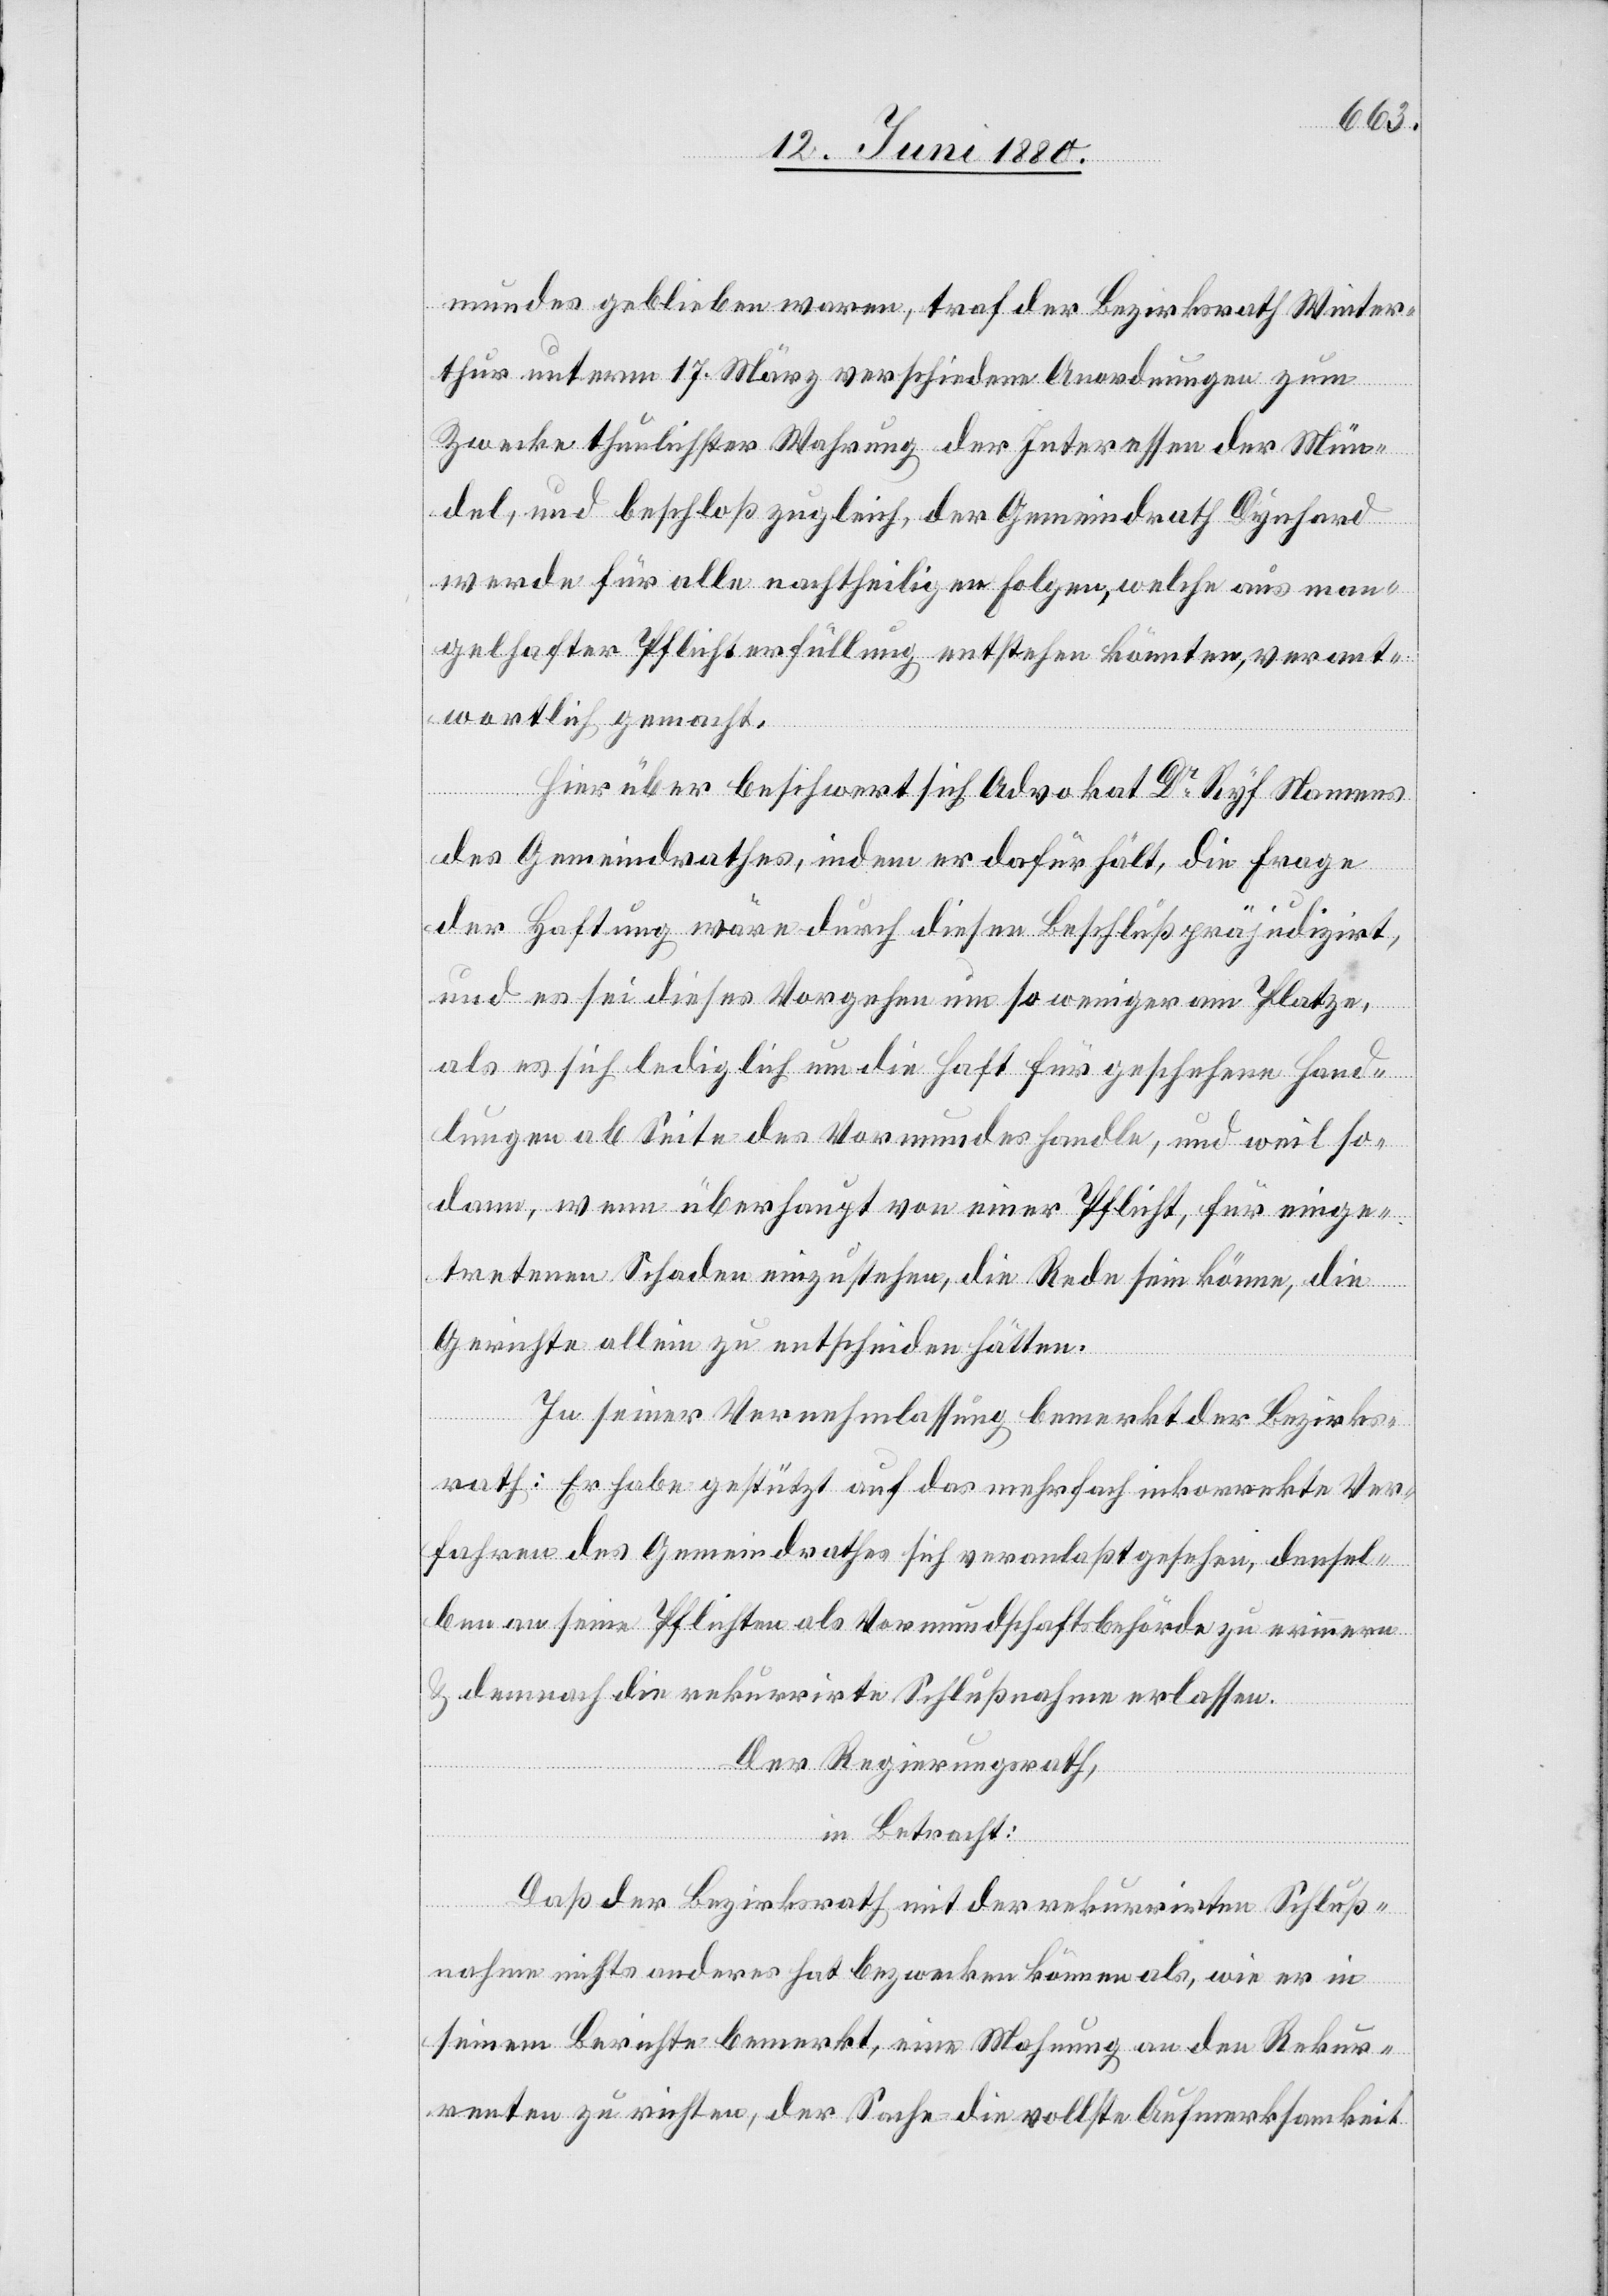
mundes geblieben waren, traf der Bezirksrath Winter¬
thur unterm 17. März verschiedene Anordnungen zum
Zwecke thunlichster Wahrung der Interessen der Mün¬
del, und beschloß zugleich, der Gemeindrath Dynhard
werde für alle nachtheiligen Folgen, welche aus man¬
gelhafter Pflichterfüllung entstehen könnten, verant¬
wortlich gemacht.
Hierüber beschwert sich Advokat Dr Ryf Namens
des Gemeindrathes, indem er dafür hält, die Frage
der Haftung wäre durch diesen Beschluß präjudizirt,
und es sei dieses Vorgehen um so weniger am Platze,
als es sich lediglich um die Haft für geschehene Hand¬
lungen ab Seite des Vormundes handle, und weil so¬
dann, wenn überhaupt von einer Pflicht, für einge¬
tretenen Schaden einzustehen, die Rede sein könne, die
Gerichte allein zu entscheiden hätten.
In seiner Vernehmlassung bemerkt der Bezirks¬
rath: Er habe gestützt auf das mehrfach inkorrekte Ver¬
fahren des Gemeindrathes sich veranlaßt gesehen, densel¬
ben an seine Pflichten als Vormundschaftsbehörde zu erinnern
& demnach die rekurrirte Schlußnahme erlassen.
Der Regierungsrath,
in Betracht:
Daß der Bezirksrath mit der rekurrirten Schluß¬
nahme nichts anderes hat bezwecken können als, wie er in
seinem Berichte bemerkt, eine Mahnung an den Rekur¬
renten zu richten, der Sache die vollste Aufmerksamkeit